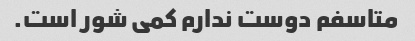
متاسفم دوست ندارم کمی شور است.